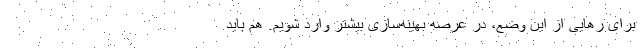
برای رهایی از این وضع، در عرصه بهینه‌سازی بیشتر وارد شویم. هم باید